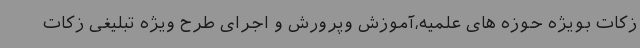
زکات بویژه حوزه های علمیه،آموزش وپرورش و اجرای طرح ویژه تبلیغی زکات